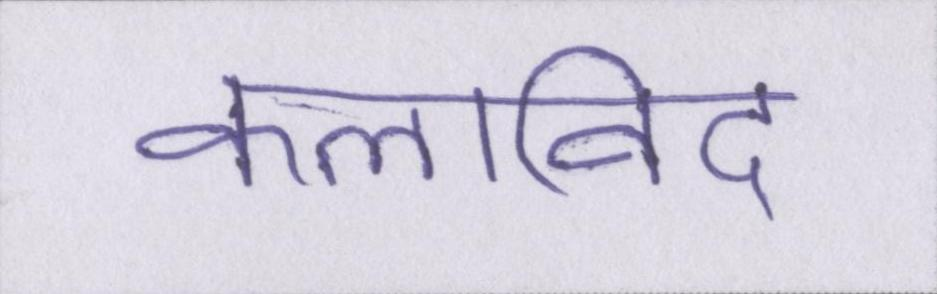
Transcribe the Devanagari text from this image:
कलाविद